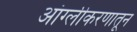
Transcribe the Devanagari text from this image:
आंग्लीकरणातून